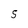
Character: 5